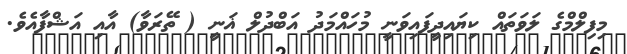
މިފިލްމްގެ ލަވަތައް ކިޔައިދީފައިވަނީ މުހައްމަދު އަބްދުލް ޣަނީ ( ތޭރަވާ) އާއި އަޝްފާއެވެ.